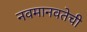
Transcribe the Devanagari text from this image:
नवमानवतेची